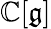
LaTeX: \mathbb{C}[{\mathfrak{g}}]